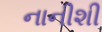
નાનીશી